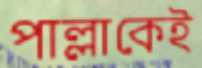
পাল্লাকেই